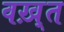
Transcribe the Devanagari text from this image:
वख़्त